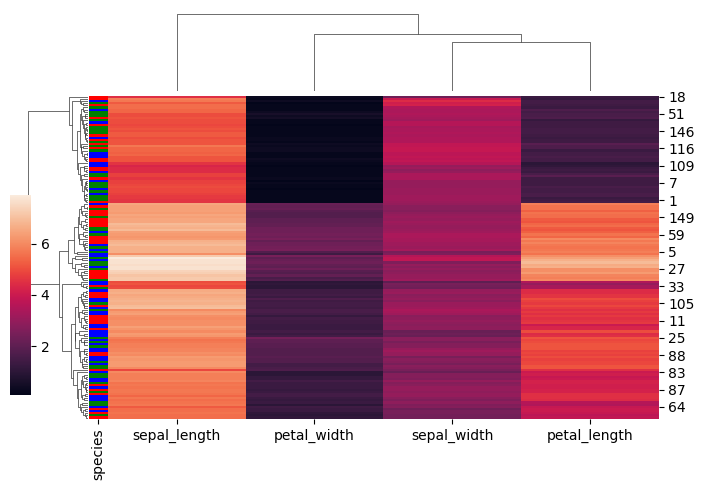
python, seaborn, clustermap, figsize=(7, 5), row_cluster=True, dendrogram_ratio=(0.1, 0.2), cbar_pos=(0, 0.2, 0.03, 0.4)